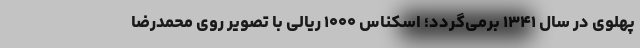
پهلوی در سال ۱۳۴۱ برمی‌گردد؛ اسکناس ۱۰۰۰ ریالی با تصویر روی محمدرضا